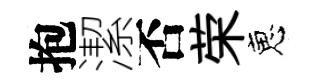
抱潔否荣恵